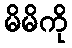
မိမိကို